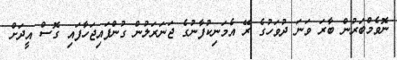
ނޮވެމްބަރުން ބާރަ ވަނަ ދުވަހުގެ ރޭ އެމަނިކުފާނުގެ ޖަނަރަލުން ގުންފައިޖަހާފައި ގޮސް އީދަށް